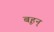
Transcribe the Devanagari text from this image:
बृहन्